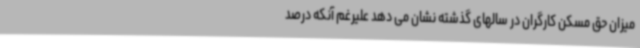
میزان حق مسکن کارگران در سالهای گذشته نشان می دهد علیرغم آنکه درصد